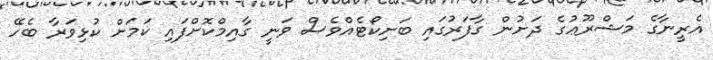
އެރީނާގެ މަޝްރޫޢުގެ ދަށުން ގާފަރުގައި ބަށިކޯޓެއްވެސް ވަނީ ގާއިމްކޮށްފައި ކަމަށް ކުޅިވަރާ ބެހޭ